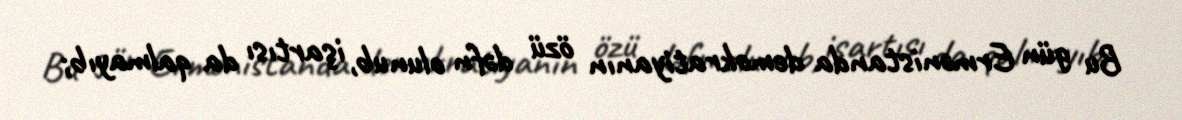
Bu gün Ermənistanda demokratiyanın özü dəfn olunub, işartısı da qalmayıb;